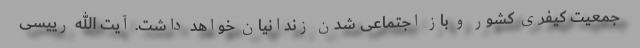
جمعیت کیفری کشور و باز اجتماعی شدن زندانیان خواهد داشت. آیت الله رییسی